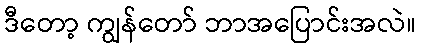
ဒီတော့ ကျွန်တော် ဘာအပြောင်းအလဲ။